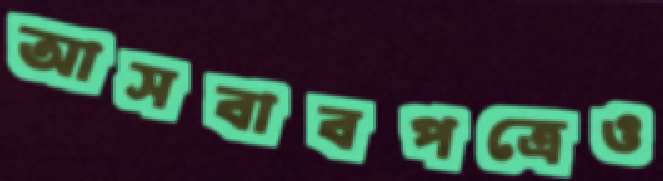
আসবাবপত্রেও